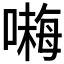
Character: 𱔙